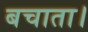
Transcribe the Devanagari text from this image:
बचाता।